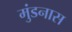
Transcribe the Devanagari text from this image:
मुंडनास